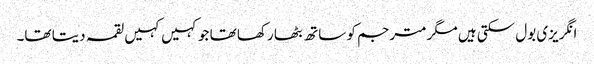
انگریزی بول سکتی ہیں مگر مترجم کو ساتھ بٹھا رکھا تھا جو کہیں کہیں لقمہ دیتا تھا۔